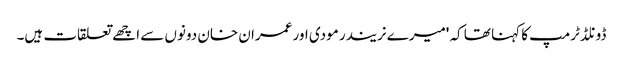
ڈونلڈ ٹرمپ کا کہنا تھا کہ 'میرے نریندر مودی اور عمران خان دونوں سے اچھے تعلقات ہیں۔